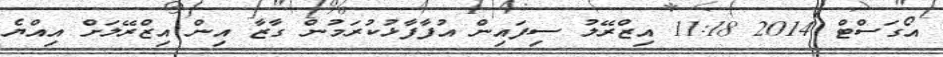
އޯގަސްޓް 2014 11:18 އިޒްރޭލު ސިފައިން އުފާފާޅުކުރަމުން ގާޒާ އިން އިޒްރޭލަށް އިއްޔެ